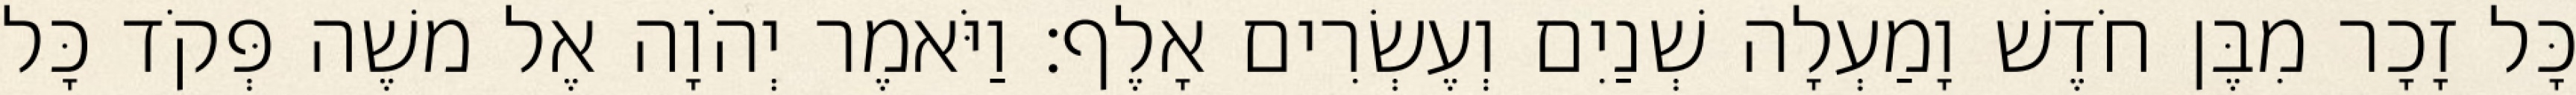
כָּל זָכָר מִבֶּן חֹדֶשׁ וָמַעְלָה שְׁנַיִם וְעֶשְׂרִים אָלֶף׃ וַיֹּאמֶר יְהֹוָה אֶל משֶׁה פְּקֹד כָּל